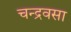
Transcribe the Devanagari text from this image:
चन्द्रवसा